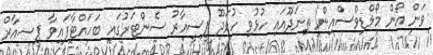
ވަން އޯން މޯލްޑިވްސްއިން ތިނަދޫއައި ހުޅުވި ހުވަދޫ ޕީސީއާރު ސެންޓަރުގައި ބަހައްޓާފައިވާ ޕީސއާރް